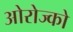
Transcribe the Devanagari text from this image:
ओरोज्को